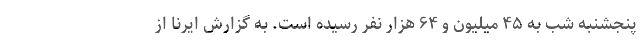
پنجشنبه شب به ۴۵ میلیون و ۶۴ هزار نفر رسیده‌ است. به گزارش ایرنا از